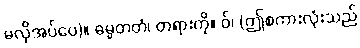
မလိုအပ်ပေ)။ ဓမ္မတတံ၊ တရားကို။ ဝ်၊ (ဤစကားလုံးသည်